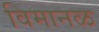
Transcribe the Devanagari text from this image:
विमानळ